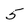
Character: 5